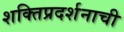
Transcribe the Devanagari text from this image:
शक्तिप्रदर्शनाची